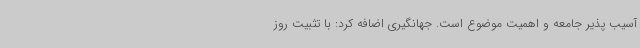
آسیب پذیر جامعه و اهمیت موضوع است. جهانگیری اضافه کرد: با تثبیت روز